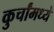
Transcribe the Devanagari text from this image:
कुर्चांमध्ये